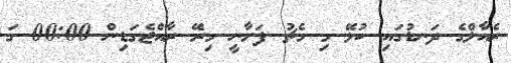
ރެއާލްގެ ދަނޑުގައި ކުޅޭ މި މެޗު ފަށާނީ މިރޭ ރާއްޖެގަޑިން 00:00 ގަ